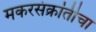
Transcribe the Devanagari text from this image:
मकरसंक्रांतीचा